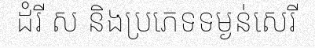
ដំរី ស និងប្រភេទទម្ងន់សេរី